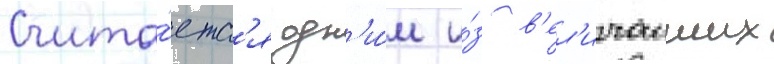
Счита́етс'я одн'и́м и́з в'ел'ичаиших